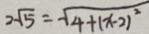
2 \sqrt { 5 } = \sqrt { 4 + ( x - 2 ) ^ { 2 } }